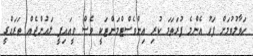
ހަވާލުވުމަށް ފަހު އެންމެ ފުރަތަމަ ކުރި އިންވެސްޓްމަންޓަކީ ވެސް ވީއައިޕީ ލައުންޖެއް ތަރައްގީ